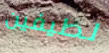
لطيفين